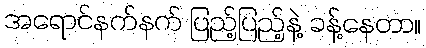
အရောင်နက်နက် ပြည့်ပြည့်နဲ့ ခန့်နေတာ။